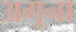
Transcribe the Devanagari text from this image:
अगूना